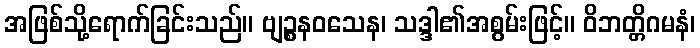
အဖြစ်သို့ရောက်ခြင်းသည်။ ဗျဉ္စနဝသေန၊ သဒ္ဒါ၏အစွမ်းဖြင့်။ ဝိဘတ္တိဂမနံ၊